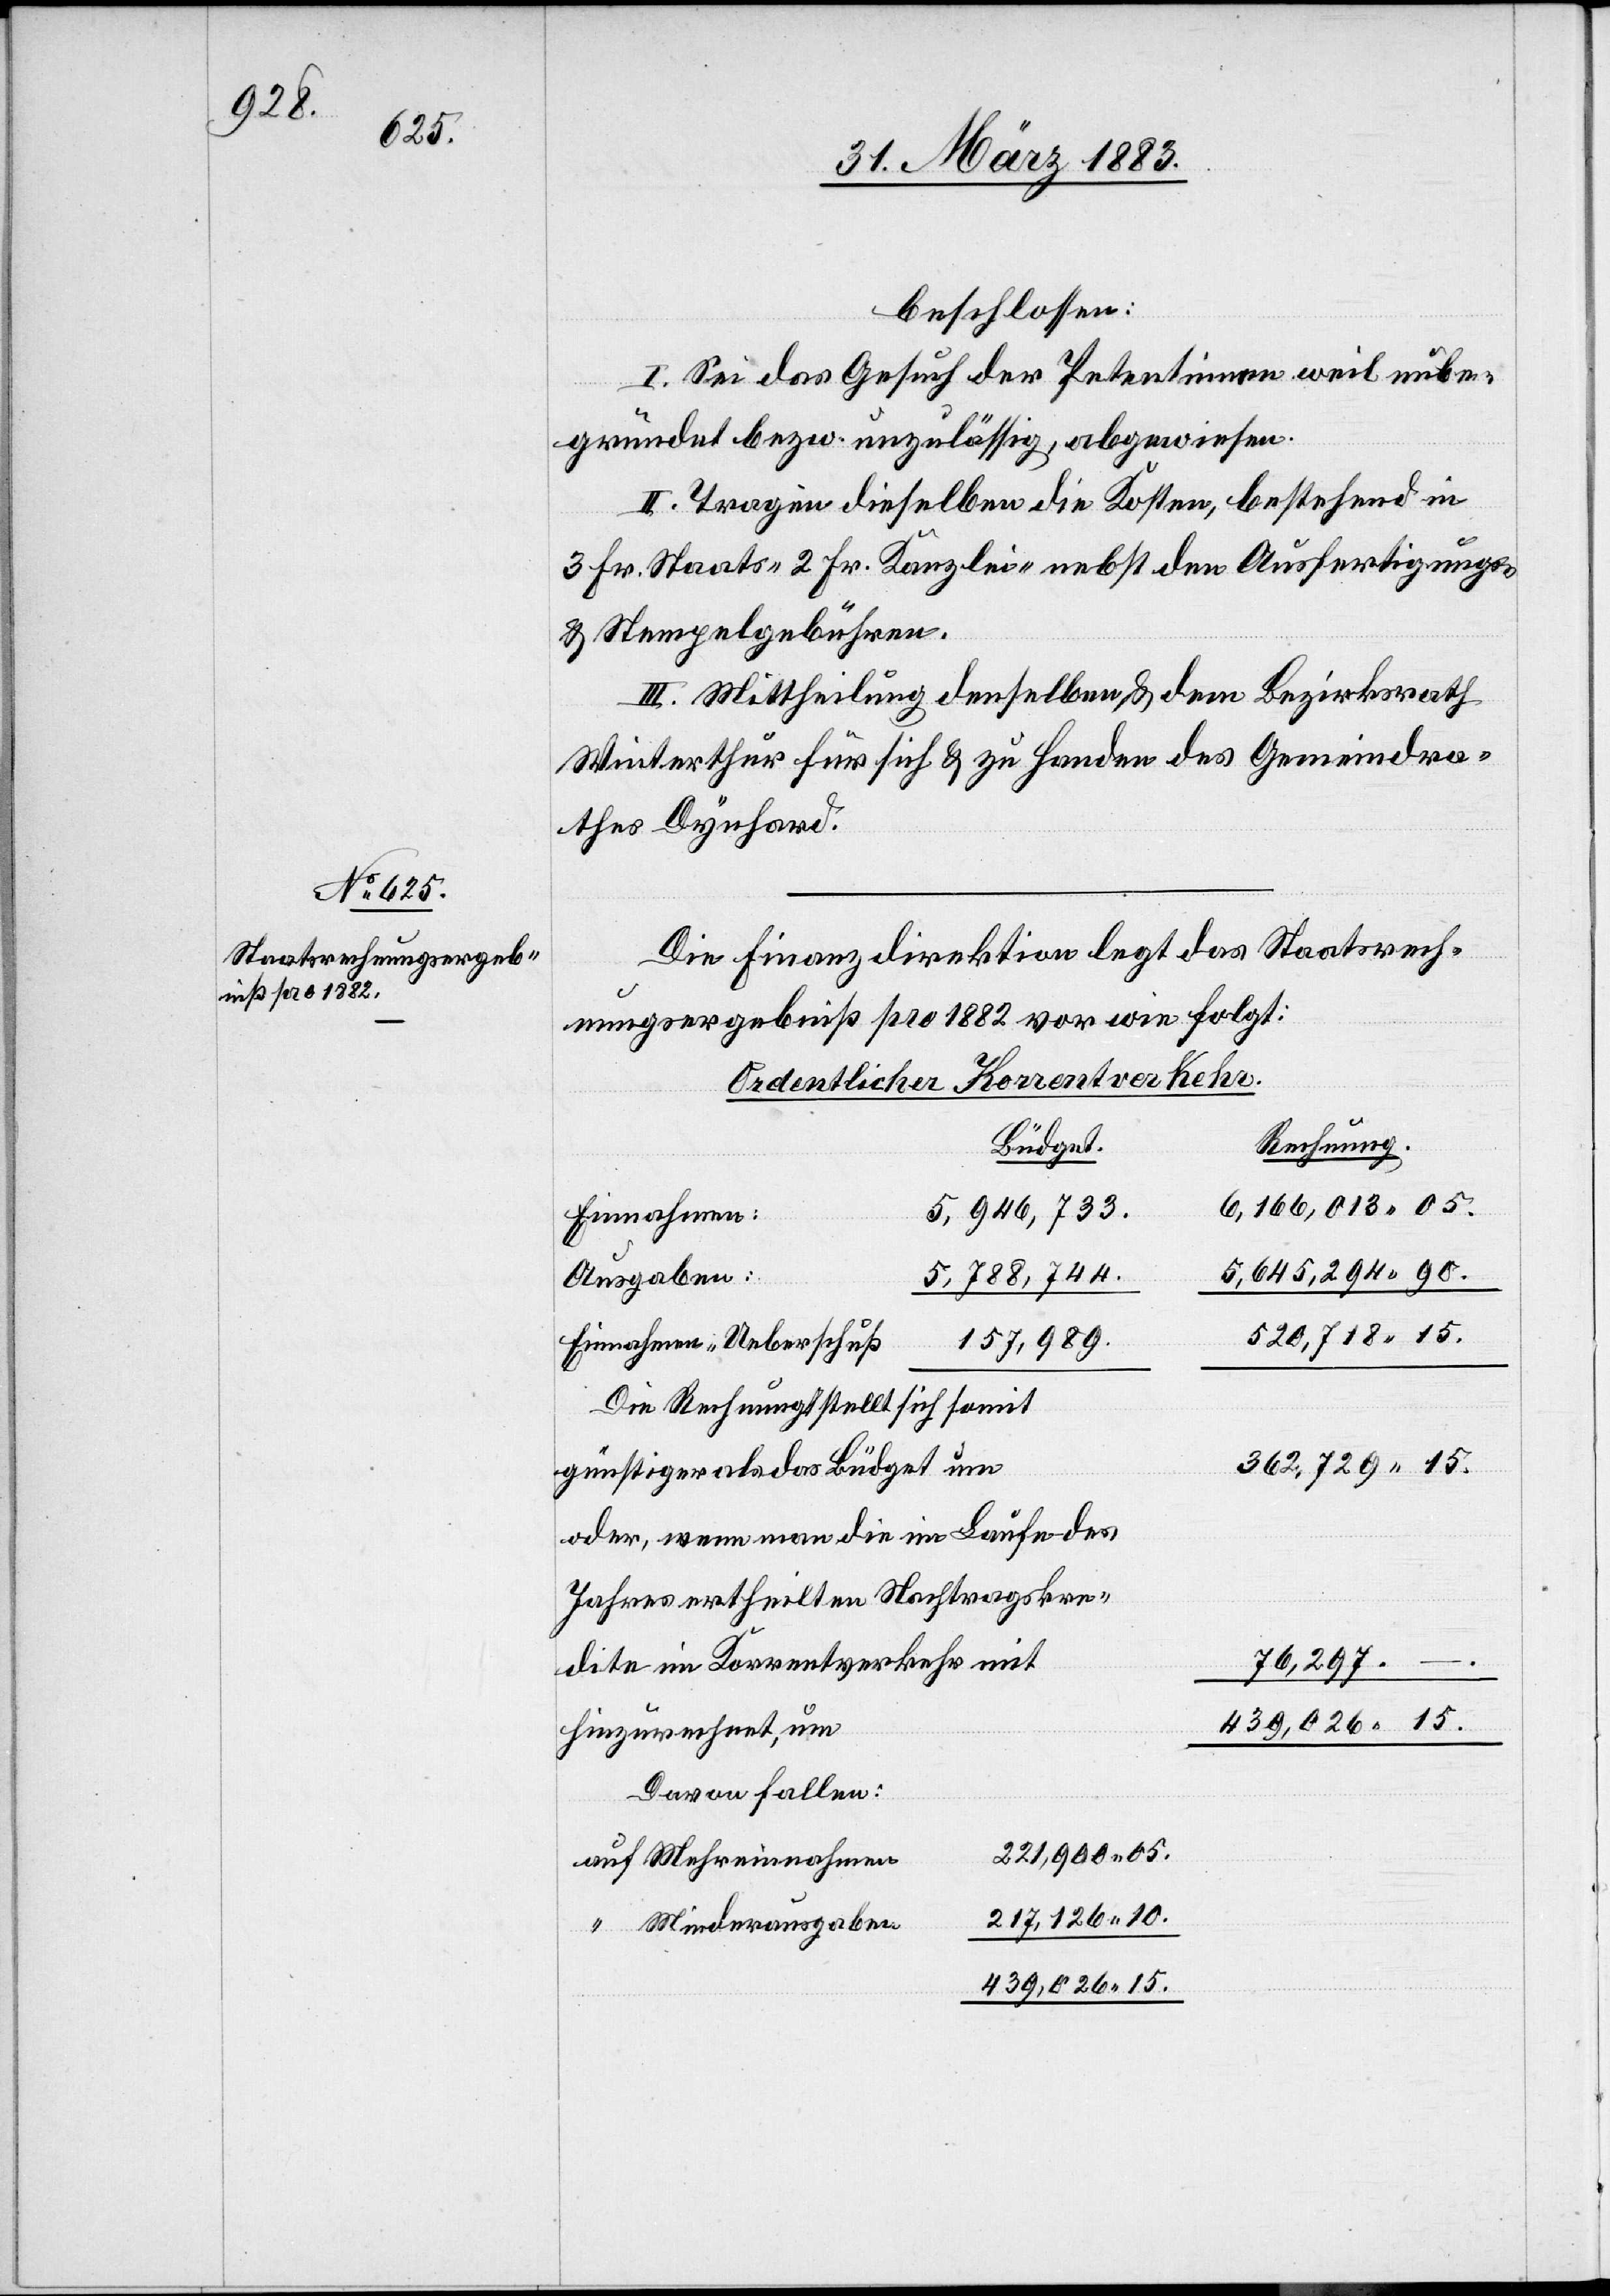
beschlossen:
I. Sei das Gesuch der Petentinnen weil unbe¬
gründet bezw. unzulässig, abgewiesen.
II. Tragen dieselben die Kosten, bestehend in
3 Fr. Staats- 2 Fr. Kanzlei- nebst den Ausfertigungs-
& Stempelgebühren.
III. Mittheilung denselben & dem Bezirksrath
Winterthur für sich & zu Handen des Gemeindra¬
thes Dynhard.
Die Finanzdirektion legt das Staatsrech¬
nungsergebniß pro 1882 vor wie folgt:
Ordentlicher Korrentverkehr.
Büdget.
Rechnung.
6,166,013 05.
5,946,733.
Einnahmen:
5,645,294 90.
5,788,744.
Ausgaben:
520,718 15.
157,989.
Einnahmen-Ueberschuß
Die Rechnung stellt sich somit
362,729 15.
günstiger als das Büdget um
oder, wenn man die im Laufe des
Jahres ertheilten Nachtragskre¬
76,297 –.
dite im Korrentverkehr mit
439,026 15.
hinzurechnet, um
Davon fallen:
221,900 05.
auf Mehreinnahmen
217,126 10.
“ Minderausgaben
439,026 15.